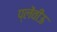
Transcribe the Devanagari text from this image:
प्लेंवीऊ